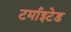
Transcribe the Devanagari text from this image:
टर्माइटेड